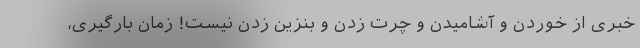
خبری از خوردن و آشامیدن و چرت زدن و بنزین زدن نیست! زمان بارگیری،